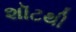
શૉટથી